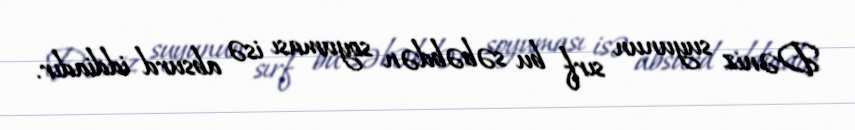
Dəniz suyunun sırf bu səbəbdən soyuması isə absurd iddiadır.